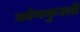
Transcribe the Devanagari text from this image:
कोणकुश्ती